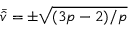
\bar { \hat { v } } = \pm \sqrt { ( 3 p - 2 ) / p }